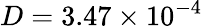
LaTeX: D=3.47\times 10^{-4}